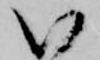
い